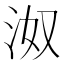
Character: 𰛝